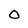
Character: O